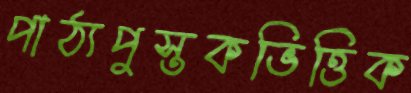
পাঠ্যপুস্তকভিত্তিক